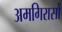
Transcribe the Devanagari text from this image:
अमगिरासों